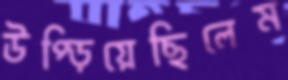
উপ্‌ড়িয়েছিলেম